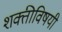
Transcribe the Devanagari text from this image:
शक्तीविषयी